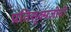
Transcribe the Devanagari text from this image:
प्रतिसूक्ष्मजीवी